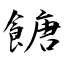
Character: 餹